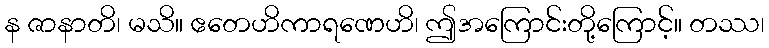
န ဇာနာတိ၊ မသိ။ ဧတေဟိကာရဏေဟိ၊ ဤအကြောင်းတို့ကြောင့်။ တဿ၊